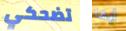
تضحكي أيها